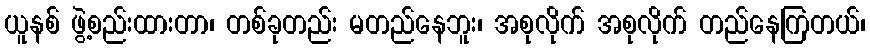
ယူနစ် ဖွဲ့စည်းထားတာ၊ တစ်ခုတည်း မတည်နေဘူး၊ အစုလိုက် အစုလိုက် တည်နေကြတယ်၊